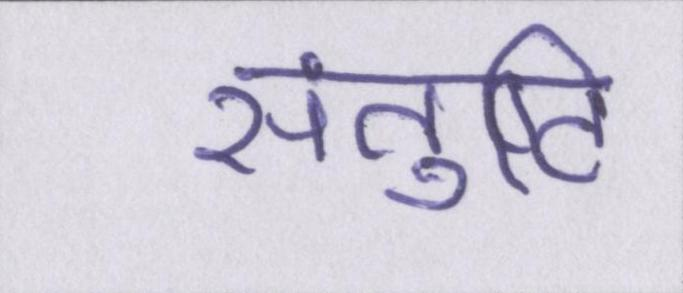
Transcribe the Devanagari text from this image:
संतुष्टि